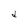
Character: d